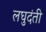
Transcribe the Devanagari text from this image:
लघुदंती